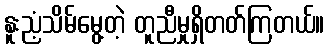
နူးညံ့သိမ်မွေ့တဲ့ တူညီမှုရှိတတ်ကြတယ်။